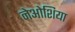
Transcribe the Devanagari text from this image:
नेओशिया